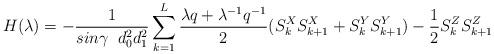
LaTeX: \begin{align*}H({\lambda}) = - \frac{1}{ sin \gamma \;\;d_0^2 d_1^2}\sum^{L}_{k=1}\frac{{\lambda} q+ {\lambda}^{-1} q^{-1}}{2}( S^X_k S^X_{k+1} + S^Y_k S^Y_{k + 1} ) - \frac{1}{2}S^Z_k S^Z_{k + 1}\end{align*}